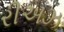
રીઅઝ